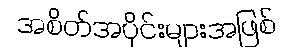
အစိတ်အပိုင်းများအဖြစ်